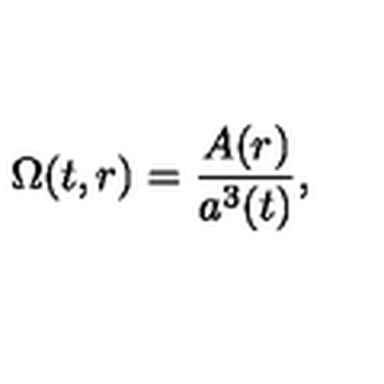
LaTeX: \Omega ( t , r ) = \frac { A ( r ) } { a ^ { 3 } ( t ) } ,